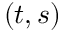
( \boldsymbol { t } , \boldsymbol { s } )